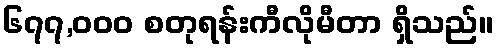
၆၇၇,၀၀၀ စတုရန်းကီလိုမီတာ ရှိသည်။